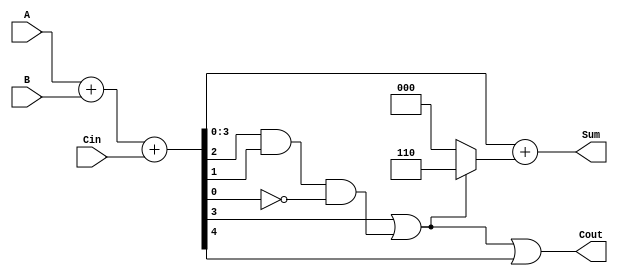
module BCD_Asynchronous_Adder (
    input wire [3:0] A,    // First BCD digit input
    input wire [3:0] B,    // Second BCD digit input
    input wire Cin,        // Carry input
    output wire [3:0] Sum, // BCD result of the addition
    output wire Cout       // Carry output
);

    wire [4:0] S;         // 5-bit sum including carry
    wire correction;      // Correction needed flag

    // Perform binary addition
    assign S = A + B + Cin;

    // Determine if correction is needed
    assign correction = (S[3] || (S[2] && S[1] && !S[0])); // S[3] == 1 or S[3:0] > 9 (1001)

    // Generate corrected sum
    assign Sum = S[3:0] + (correction ? 4'b0110 : 4'b0000); // Add 6 if correction is needed

    // Handle carry out
    assign Cout = correction || S[4]; // Cout is set if correction is needed or there is a carry out

endmodule